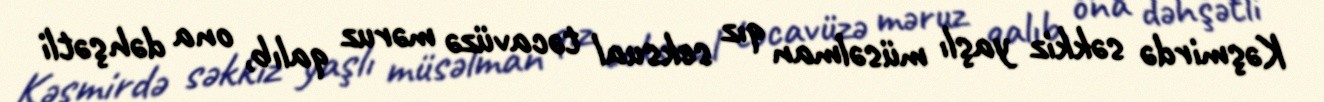
Kəşmirdə səkkiz yaşlı müsəlman qız seksual təcavüzə məruz qalıb, ona dəhşətli